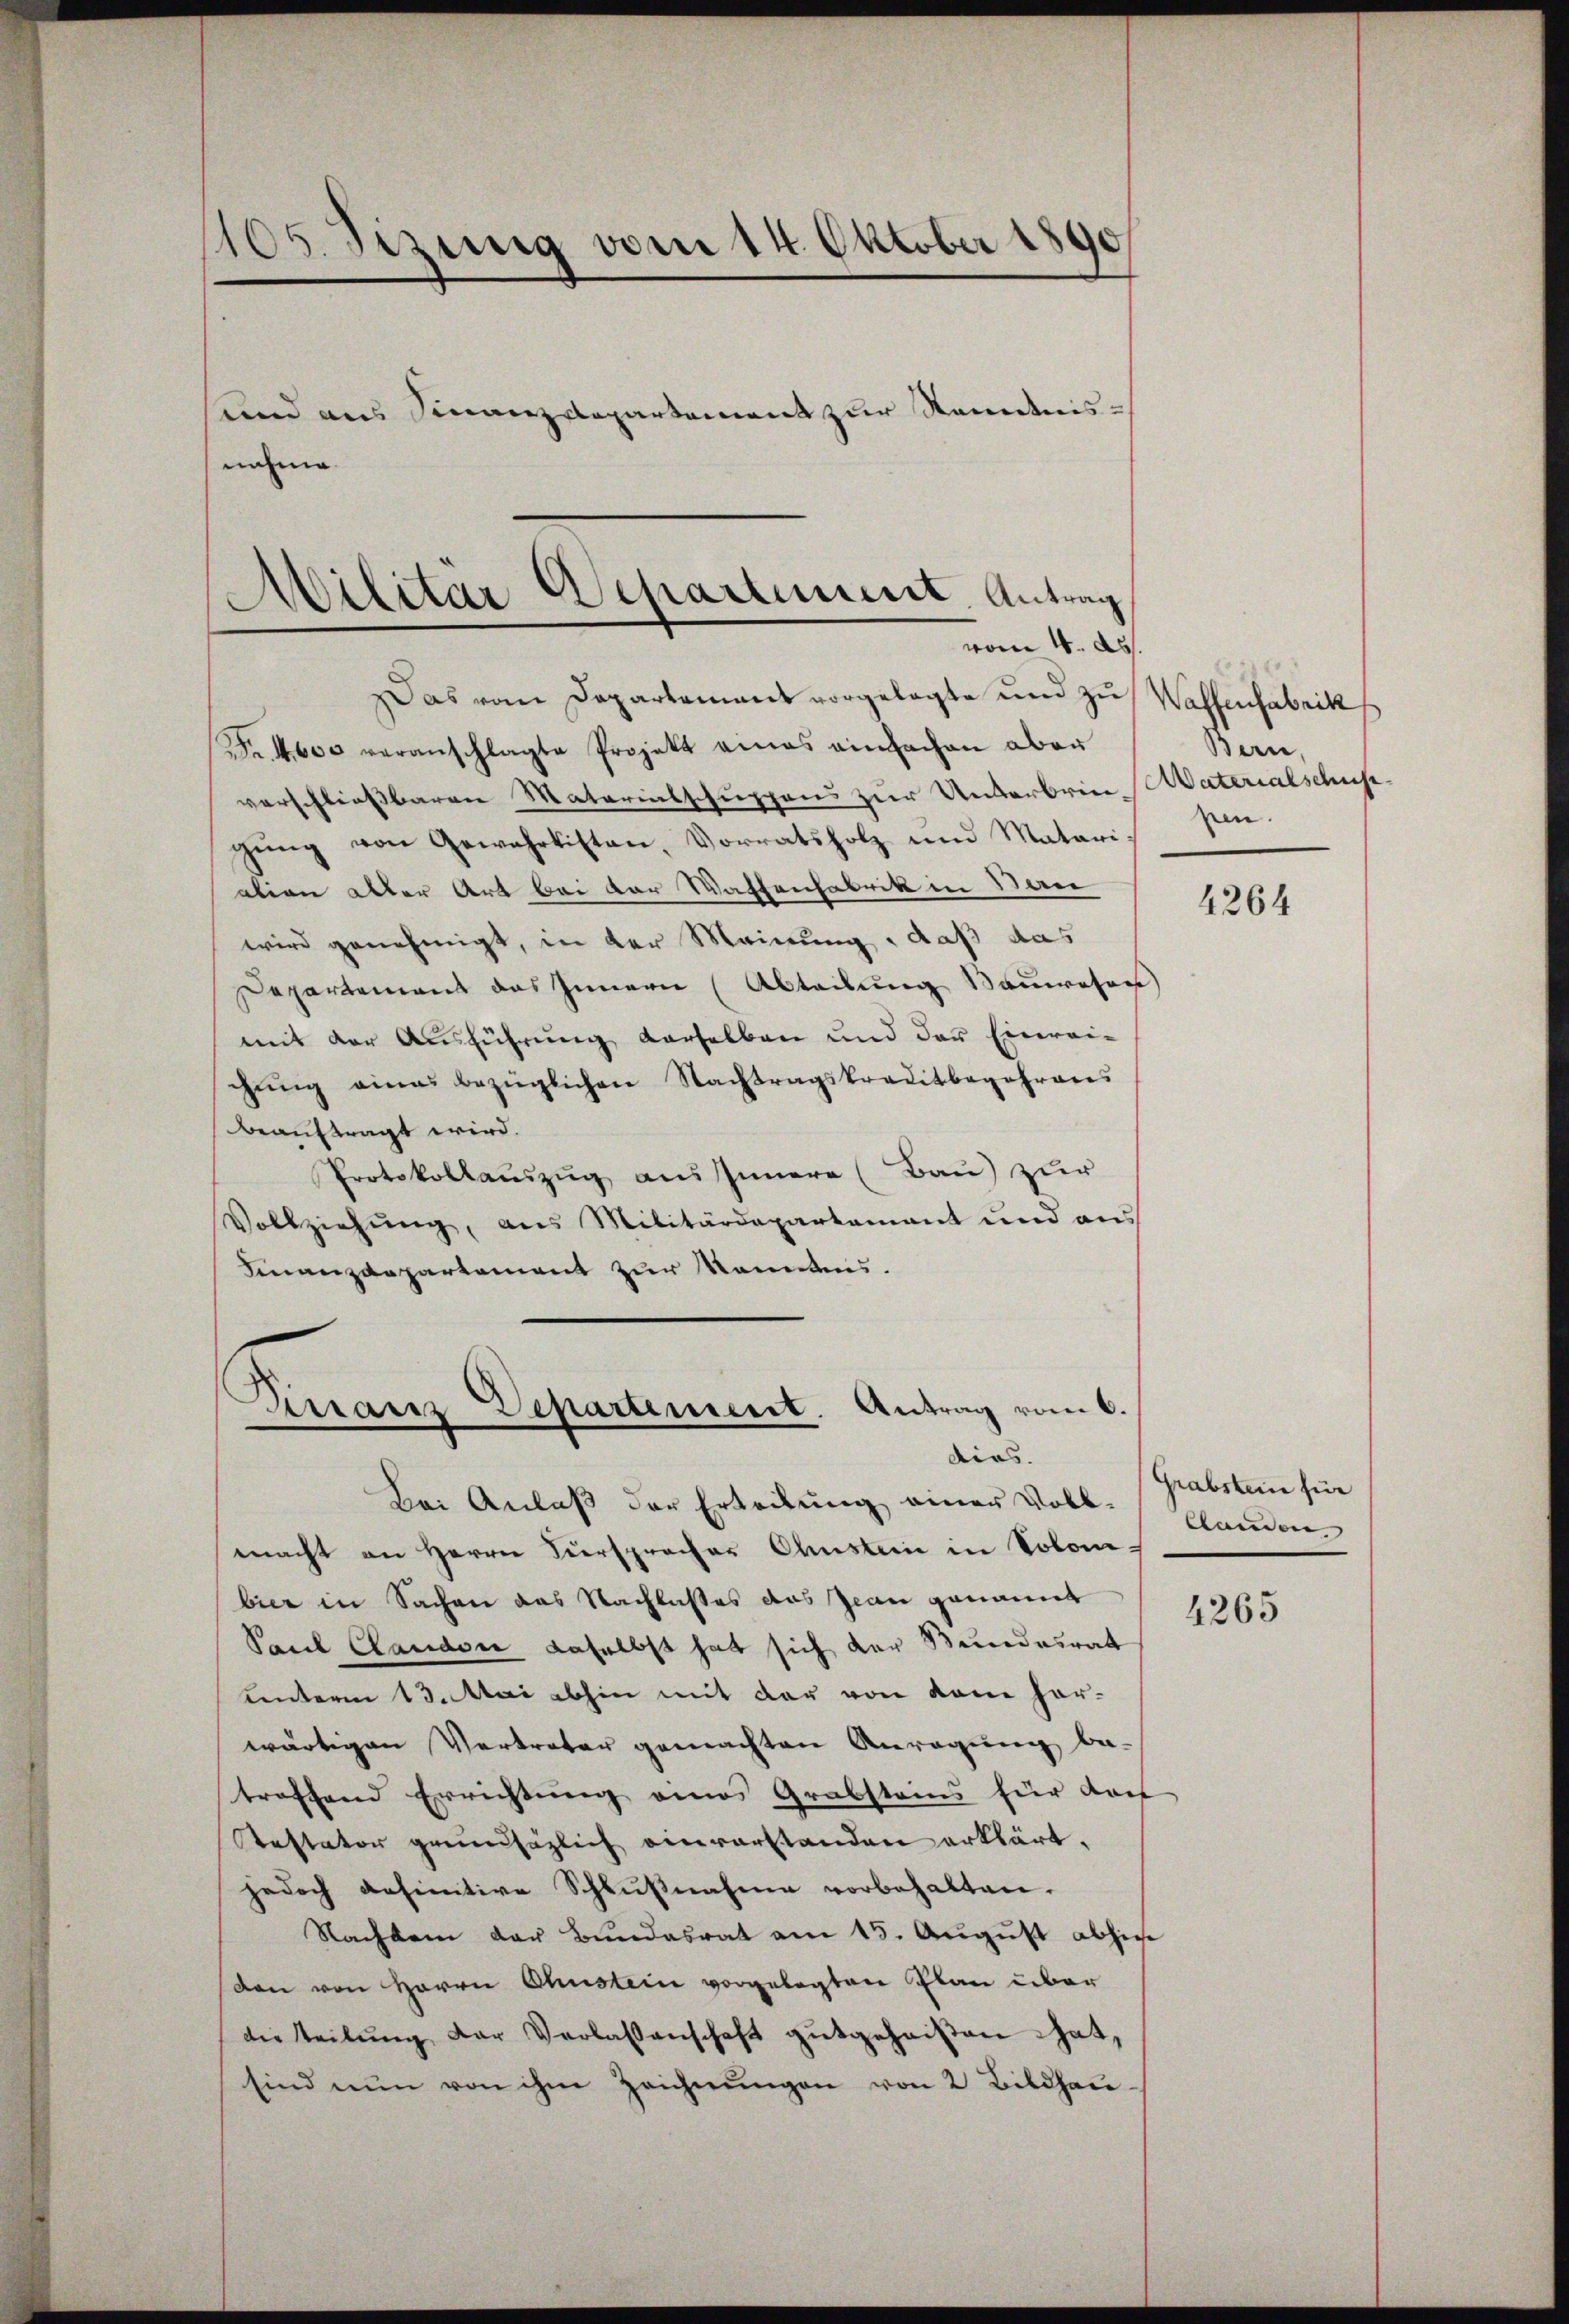
Das vom Departement vorgelegte und zu
Fr. 4600 veranschlagte Projekt eines einfachen aber
verschließbaren Materialschuppens zur Unterbrici AVaterialschuss
gung von Gewahrtisten, Vorratsholz und Matari
ation aller Art bei der Wattenfabrik in San
wird genehmigt, in der Meinung, daß das
Departement das Innern (Abteilung Sauwesen
mit der Ausführung derselben und der Einreichŭng eines bezüglichen Nachtragskreditbegehrens
beauftragt wird.
Protokollauszug aus Innere (Bau) zur
Vollziehŭng, aus Militärdepartamant und aus
Finanzdepartement zur kanntens.

105. Sizung vom 14. Oktober 1890
und aus Finanzdepartement zur Kenntnis-
nahme

Militar Departement. Antrag
vom 4. d.

Dirranz Departement. Antrag vom 6.
dias.

Waffenfabrik
Bern,
ben.

Bei Anlaß der Erteilung einer Voll-
macht an Herrn Fürsprocher Chustein in Solo-
bier in Sachen das Nachlasses das Jean genannt
Paul Claudere daselbst hat sich der Bundesrat
unterm 13. Mai abhin mit der von kam her-
wärtigen Vertreter gemachten Anregung be-
troffend Errichtung eines Grabsteins für daf
Restator grundsätzlich einverstanden erklärt,
jedoch anfinitive Schlŭβnahme vorbehalten.
Nachdem der Bŭndesrat am 15. Aŭgŭst abhiese
den von Herrn Chustein vorgelegten Plan über
die teilŭng der Verlassenschaft gutgeheißen hat,
sind nun von ihm Zeichnŭngen von 2 Bildhaŭ-

4264

gabstein für
Clanden |

4265